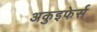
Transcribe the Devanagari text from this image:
अकुइफेर्स